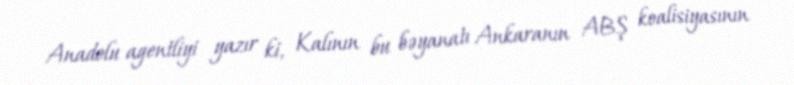
Anadolu agentliyi yazır ki, Kalının bu bəyanatı Ankaranın ABŞ koalisiyasının